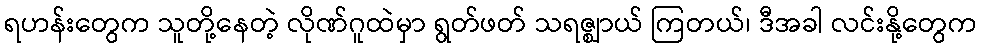
ရဟန်းတွေက သူတို့နေတဲ့ လိုဏ်ဂူထဲမှာ ရွတ်ဖတ် သရဇ္ဈာယ် ကြတယ်၊ ဒီအခါ လင်းနို့တွေက